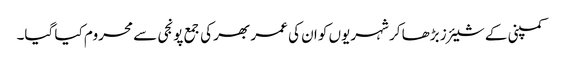
کمپنی کے شیئرز بڑھا کر شہریوں کو ان کی عمر بھر کی جمع پونجی سے محروم کیا گیا۔